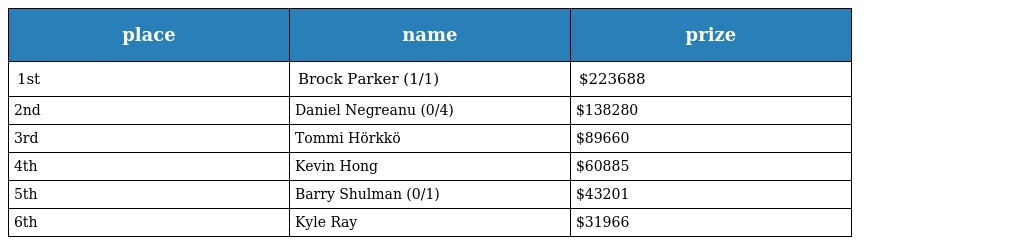
| place | name | prize |
 | --- | --- | --- |
 | 1st | Brock Parker (1/1) | $223688 |
 | 2nd | Daniel Negreanu (0/4) | $138280 |
 | 3rd | Tommi Hörkkö | $89660 |
 | 4th | Kevin Hong | $60885 |
 | 5th | Barry Shulman (0/1) | $43201 |
 | 6th | Kyle Ray | $31966 |